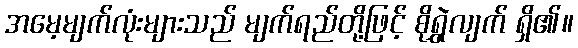
အမေ့မျက်လုံးများသည် မျက်ရည်တို့ဖြင့် စိုရွှဲလျက် ရှိ၏။